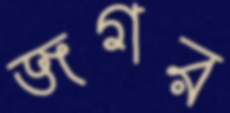
জগর